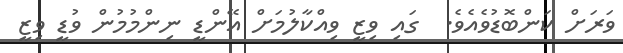
ވަރަށް ކަންބޮޑުވެއެވެ.  ގައި ވިޒީ ވިއްކާލުމަށް އޭންޑީ ނިންމުމުން ވުޑީ ވިޒީ